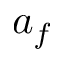
a _ { f }